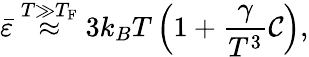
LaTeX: \bar{\varepsilon}\overset{T\gg T_{\mathrm{F}}}{\approx}3k_{B}T\left(1+\frac{\gamma}{T^{3}}\mathcal{C}\right),